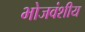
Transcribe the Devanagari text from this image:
भोजवंशीय